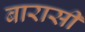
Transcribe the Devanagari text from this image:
बारासी